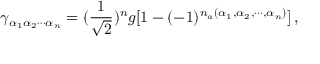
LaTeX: \gamma _ { \alpha _ { 1 } \alpha _ { 2 } \cdots \alpha _ { n } } = ( { \frac { 1 } { \sqrt 2 } } ) ^ { n } g [ 1 - ( - 1 ) ^ { n _ { a } ( \alpha _ { 1 } , \alpha _ { 2 } , \cdots , \alpha _ { n } ) } ] \, ,